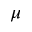
\mu